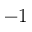
- 1